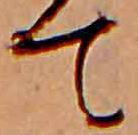
て